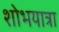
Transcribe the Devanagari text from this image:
शोभयात्रा